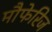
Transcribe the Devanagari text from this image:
मौफेरिज